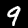
Digit: 9